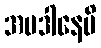
အပဒါနေပိ